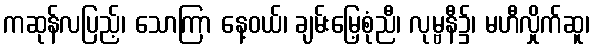
ကဆုန်လပြည့်၊ သောကြာ နေ့ဝယ်၊ ချမ်းမြေ့စုံညီ၊ လုမ္ဗနီ၌၊ မဟီလှိုက်ဆူ၊